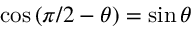
\cos \left( \pi / 2 - \theta \right) = \sin \theta